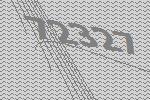
72327